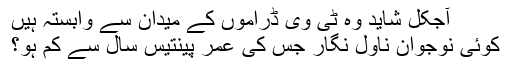
آجکل شاید وہ ٹی وی ڈراموں کے میدان سے وابستہ ہیں
کوئی نوجوان ناول نگار جس کی عمر پینتیس سال سے کم ہو؟